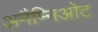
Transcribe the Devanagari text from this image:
अनैम्निओट